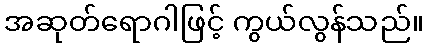
အဆုတ်ရောဂါဖြင့် ကွယ်လွန်သည်။